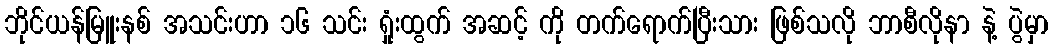
ဘိုင်ယန်မြူးနစ် အသင်းဟာ ၁၆ သင်း ရှုံးထွက် အဆင့် ကို တက်ရောက်ပြီးသား ဖြစ်သလို ဘာစီလိုနာ နဲ့ ပွဲမှာ